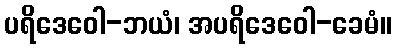
ပရိဒေဝေါ-ဘယံ၊ အပရိဒေဝေါ-ခေမံ။